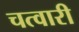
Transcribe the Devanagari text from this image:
चत्वारी